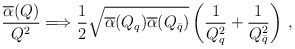
\begin{align*}{\overline\alpha(Q) \over Q ^2} \Longrightarrow {1\over 2} \sqrt{\overline\alpha(Q_{q}) \overline\alpha(Q_{\bar q}) } \left({1\over Q_{q}^2} + {1\over Q_{\bar q}^2} \right)\,,\end{align*}